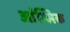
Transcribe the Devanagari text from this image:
आंग्लिक